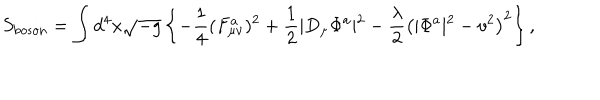
S _ { \mathrm { b o s o n } } = \int d ^ { 4 } x \sqrt { - g } \left\{ - \frac { 1 } { 4 } ( F _ { \mu \nu } ^ { a } ) ^ { 2 } + \frac { 1 } { 2 } \vert D _ { \mu } \Phi ^ { a } \vert ^ { 2 } - \frac { \lambda } { 2 } \left( \vert \Phi ^ { a } \vert ^ { 2 } - v ^ { 2 } \right) ^ { 2 } \right\} ,